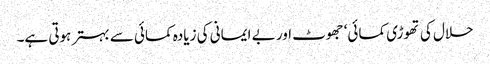
حلال کی تھوڑی کمائی‘ جھوٹ اور بے ایمانی کی زیادہ کمائی سے بہتر ہوتی ہے۔